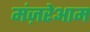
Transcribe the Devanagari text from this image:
मंज़रेआम